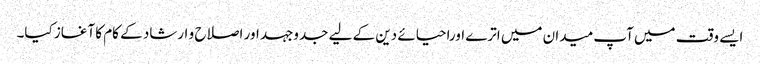
ایسے وقت میں آپ میدان میں اترے اوراحیائے دین کے لیے جدوجہد اور اصلاح و ارشاد کے کام کا آغاز کیا۔